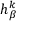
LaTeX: h _ { \beta } ^ { k }